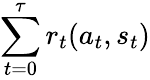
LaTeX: \sum_{t=0}^{\tau}r_{t}(a_{t},s_{t})